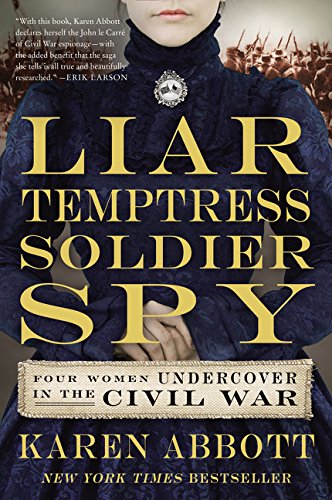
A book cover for Liar, Temptress, Soldier, Spy: Four Women Undercover in the Civil War; Karen Abbott; Biographies & Memoirs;